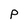
Character: P